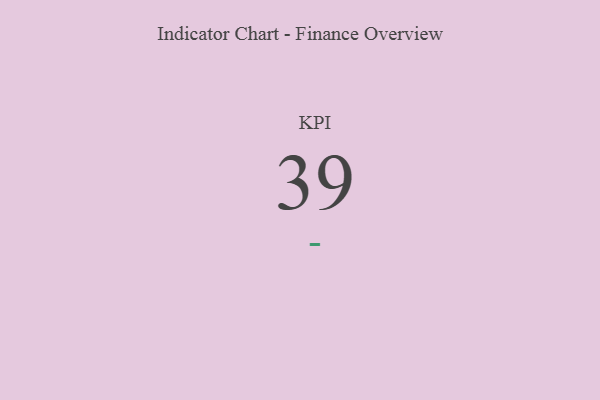
{"axis": {"x": "KPI", "y": "Value"}, "legend": [""], "data": [{"x": "KPI", "y": 39, "type": ""}]}